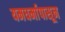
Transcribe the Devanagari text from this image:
यमधर्मापासून